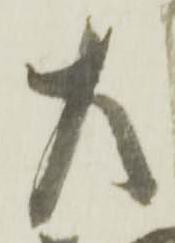
左